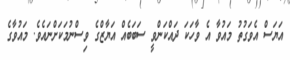
އަޔަސް އެވަގުތު މައުވާ އެ ވާހަކަ ދައްކަންވީ ސަބަބެއް އަޔާޒްގެ ވިސްނުމަކަށްނައެވެ. މައުވާގެ